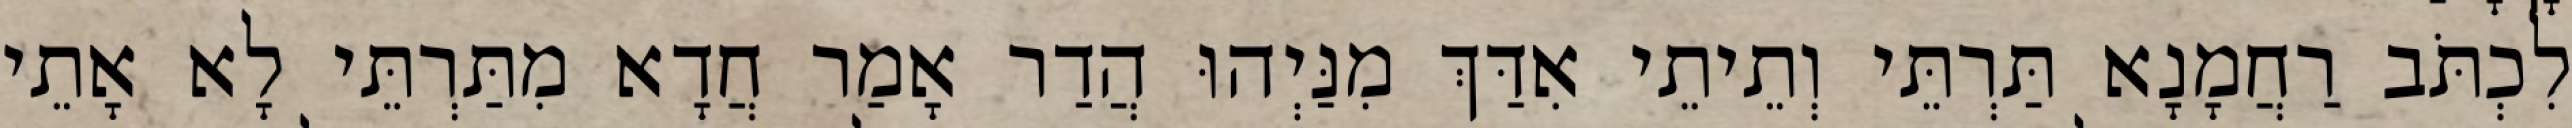
לִכְתֹּב רַחֲמָנָא תַּרְתֵּי וְתֵיתֵי אִדַּךְ מִנַּיְהוּ הֲדַר אָמַר חֲדָא מִתַּרְתֵּי לָא אָתֵי